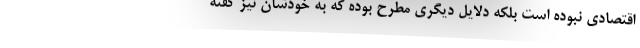
اقتصادی نبوده است بلکه دلایل دیگری مطرح بوده که به خودشان نیز گفته